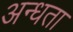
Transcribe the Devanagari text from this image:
अन्‍धता